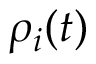
\rho _ { i } ( t )